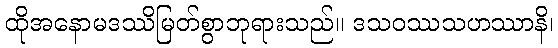
ထိုအနောမဒဿိမြတ်စွာဘုရားသည်။ ဒသဝဿသဟဿာနိ၊